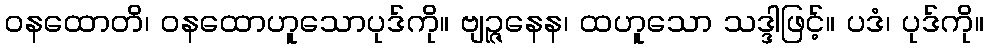
ဝနထောတိ၊ ဝနထောဟူသောပုဒ်ကို။ ဗျဉ္ဇနေန၊ ထဟူသော သဒ္ဒါဖြင့်။ ပဒံ၊ ပုဒ်ကို။